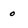
Character: 0